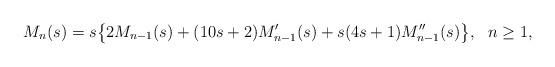
LaTeX: \begin{align*} M_n (s) = s \big\{ 2M_{n-1} (s) + (10s+2) M_{n-1}' (s) + s (4s+1) M_{n-1}'' (s)\big\}, ~~ n\geq 1,\end{align*}